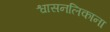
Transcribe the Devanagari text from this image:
श्वासनलिकाना